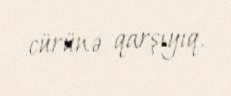
cürünə qarşıyıq.